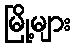
မြို့များ